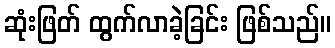
ဆုံးဖြတ် ထွက်လာခဲ့ခြင်း ဖြစ်သည်။